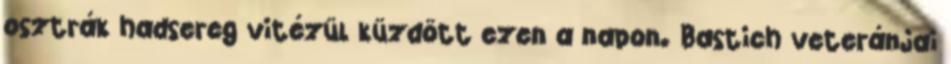
osztrák hadsereg vitézül küzdött ezen a napon. Bastich veteránjai